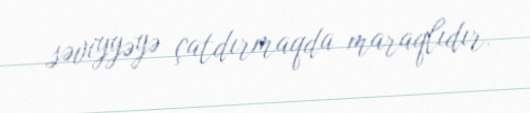
səviyyəyə çatdırmaqda maraqlıdır.